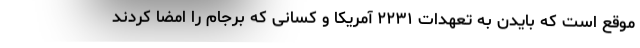
موقع است که بایدن به تعهدات ۲۲۳۱ آمریکا و کسانی که برجام را امضا کردند